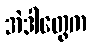
အဲဒါတွေက